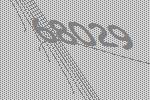
68029